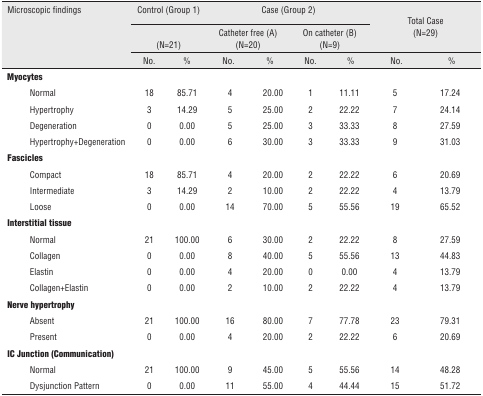
<table><thead><tr><td colspan="2"><b>Microscopic findings</b></td><td colspan="2"><b>Control (Group 1)</b></td><td colspan="4"><b>Case (Group 2)</b></td><td rowspan="2" colspan="2"><b>Total Case (N=29)</b></td></tr><tr><td colspan="2"></td><td colspan="2"><b>(N=21)</b></td><td colspan="2"><b>Catheter free (A) (N=20)</b></td><td colspan="2"><b>On catheter (B) (N=9)</b></td></tr><tr><td colspan="2"></td><td><b>No.</b></td><td><b>%</b></td><td><b>No.</b></td><td><b>%</b></td><td><b>No.</b></td><td><b>%</b></td><td><b>No.</b></td><td><b>%</b></td></tr></thead><tbody><tr><td colspan="2"><b>Myocytes</b></td><td></td><td></td><td></td><td></td><td></td><td></td><td></td><td></td></tr><tr><td></td><td>Normal</td><td>18</td><td>85.71</td><td>4</td><td>20.00</td><td>1</td><td>11.11</td><td>5</td><td>17.24</td></tr><tr><td></td><td>Hypertrophy</td><td>3</td><td>14.29</td><td>5</td><td>25.00</td><td>2</td><td>22.22</td><td>7</td><td>24.14</td></tr><tr><td></td><td>Degeneration</td><td>0</td><td>0.00</td><td>5</td><td>25.00</td><td>3</td><td>33.33</td><td>8</td><td>27.59</td></tr><tr><td></td><td>Hypertrophy+Degeneration</td><td>0</td><td>0.00</td><td>6</td><td>30.00</td><td>3</td><td>33.33</td><td>9</td><td>31.03</td></tr><tr><td colspan="2"><b>Fascicles</b></td><td></td><td></td><td></td><td></td><td></td><td></td><td></td><td></td></tr><tr><td></td><td>Compact</td><td>18</td><td>85.71</td><td>4</td><td>20.00</td><td>2</td><td>22.22</td><td>6</td><td>20.69</td></tr><tr><td></td><td>Intermediate</td><td>3</td><td>14.29</td><td>2</td><td>10.00</td><td>2</td><td>22.22</td><td>4</td><td>13.79</td></tr><tr><td></td><td>Loose</td><td>0</td><td>0.00</td><td>14</td><td>70.00</td><td>5</td><td>55.56</td><td>19</td><td>65.52</td></tr><tr><td colspan="2"><b>Interstitial tissue</b></td><td></td><td></td><td></td><td></td><td></td><td></td><td></td><td></td></tr><tr><td></td><td>Normal</td><td>21</td><td>100.00</td><td>6</td><td>30.00</td><td>2</td><td>22.22</td><td>8</td><td>27.59</td></tr><tr><td></td><td>Collagen</td><td>0</td><td>0.00</td><td>8</td><td>40.00</td><td>5</td><td>55.56</td><td>13</td><td>44.83</td></tr><tr><td></td><td>Elastin</td><td>0</td><td>0.00</td><td>4</td><td>20.00</td><td>0</td><td>0.00</td><td>4</td><td>13.79</td></tr><tr><td></td><td>Collagen+Elastin</td><td>0</td><td>0.00</td><td>2</td><td>10.00</td><td>2</td><td>22.22</td><td>4</td><td>13.79</td></tr><tr><td colspan="2"><b>Nerve hypertrophy</b></td><td></td><td></td><td></td><td></td><td></td><td></td><td></td><td></td></tr><tr><td></td><td>Absent</td><td>21</td><td>100.00</td><td>16</td><td>80.00</td><td>7</td><td>77.78</td><td>23</td><td>79.31</td></tr><tr><td></td><td>Present</td><td>0</td><td>0.00</td><td>4</td><td>20.00</td><td>2</td><td>22.22</td><td>6</td><td>20.69</td></tr><tr><td colspan="2"><b>IC Junction (Communication)</b></td><td></td><td></td><td></td><td></td><td></td><td></td><td></td><td></td></tr><tr><td></td><td>Normal</td><td>21</td><td>100.00</td><td>9</td><td>45.00</td><td>5</td><td>55.56</td><td>14</td><td>48.28</td></tr><tr><td></td><td>Dysjunction Pattern</td><td>0</td><td>0.00</td><td>11</td><td>55.00</td><td>4</td><td>44.44</td><td>15</td><td>51.72</td></tr></tbody></table>